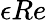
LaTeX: \epsilon Re